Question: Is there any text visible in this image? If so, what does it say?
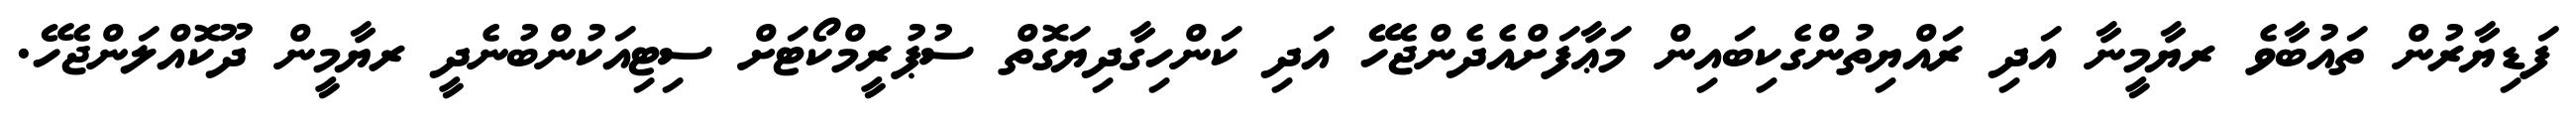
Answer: ފަޑިޔާރުން ތައުބާވެ ރޔާމީނާ އަދި ރައްޔިތުންގެކިބައިން މަޢާފަށްއެދެންޖެހޭ އަދި ކަންހިގާދިޔަގޮތް ސުޕުރީމްކޯޓަށް ސިޓިއަކުންބުނެދީ ރޔާމީން ދޫކޮއްލަންޖެހޭ.